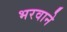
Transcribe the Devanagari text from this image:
भरवाने